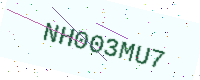
Text: NH003MU7